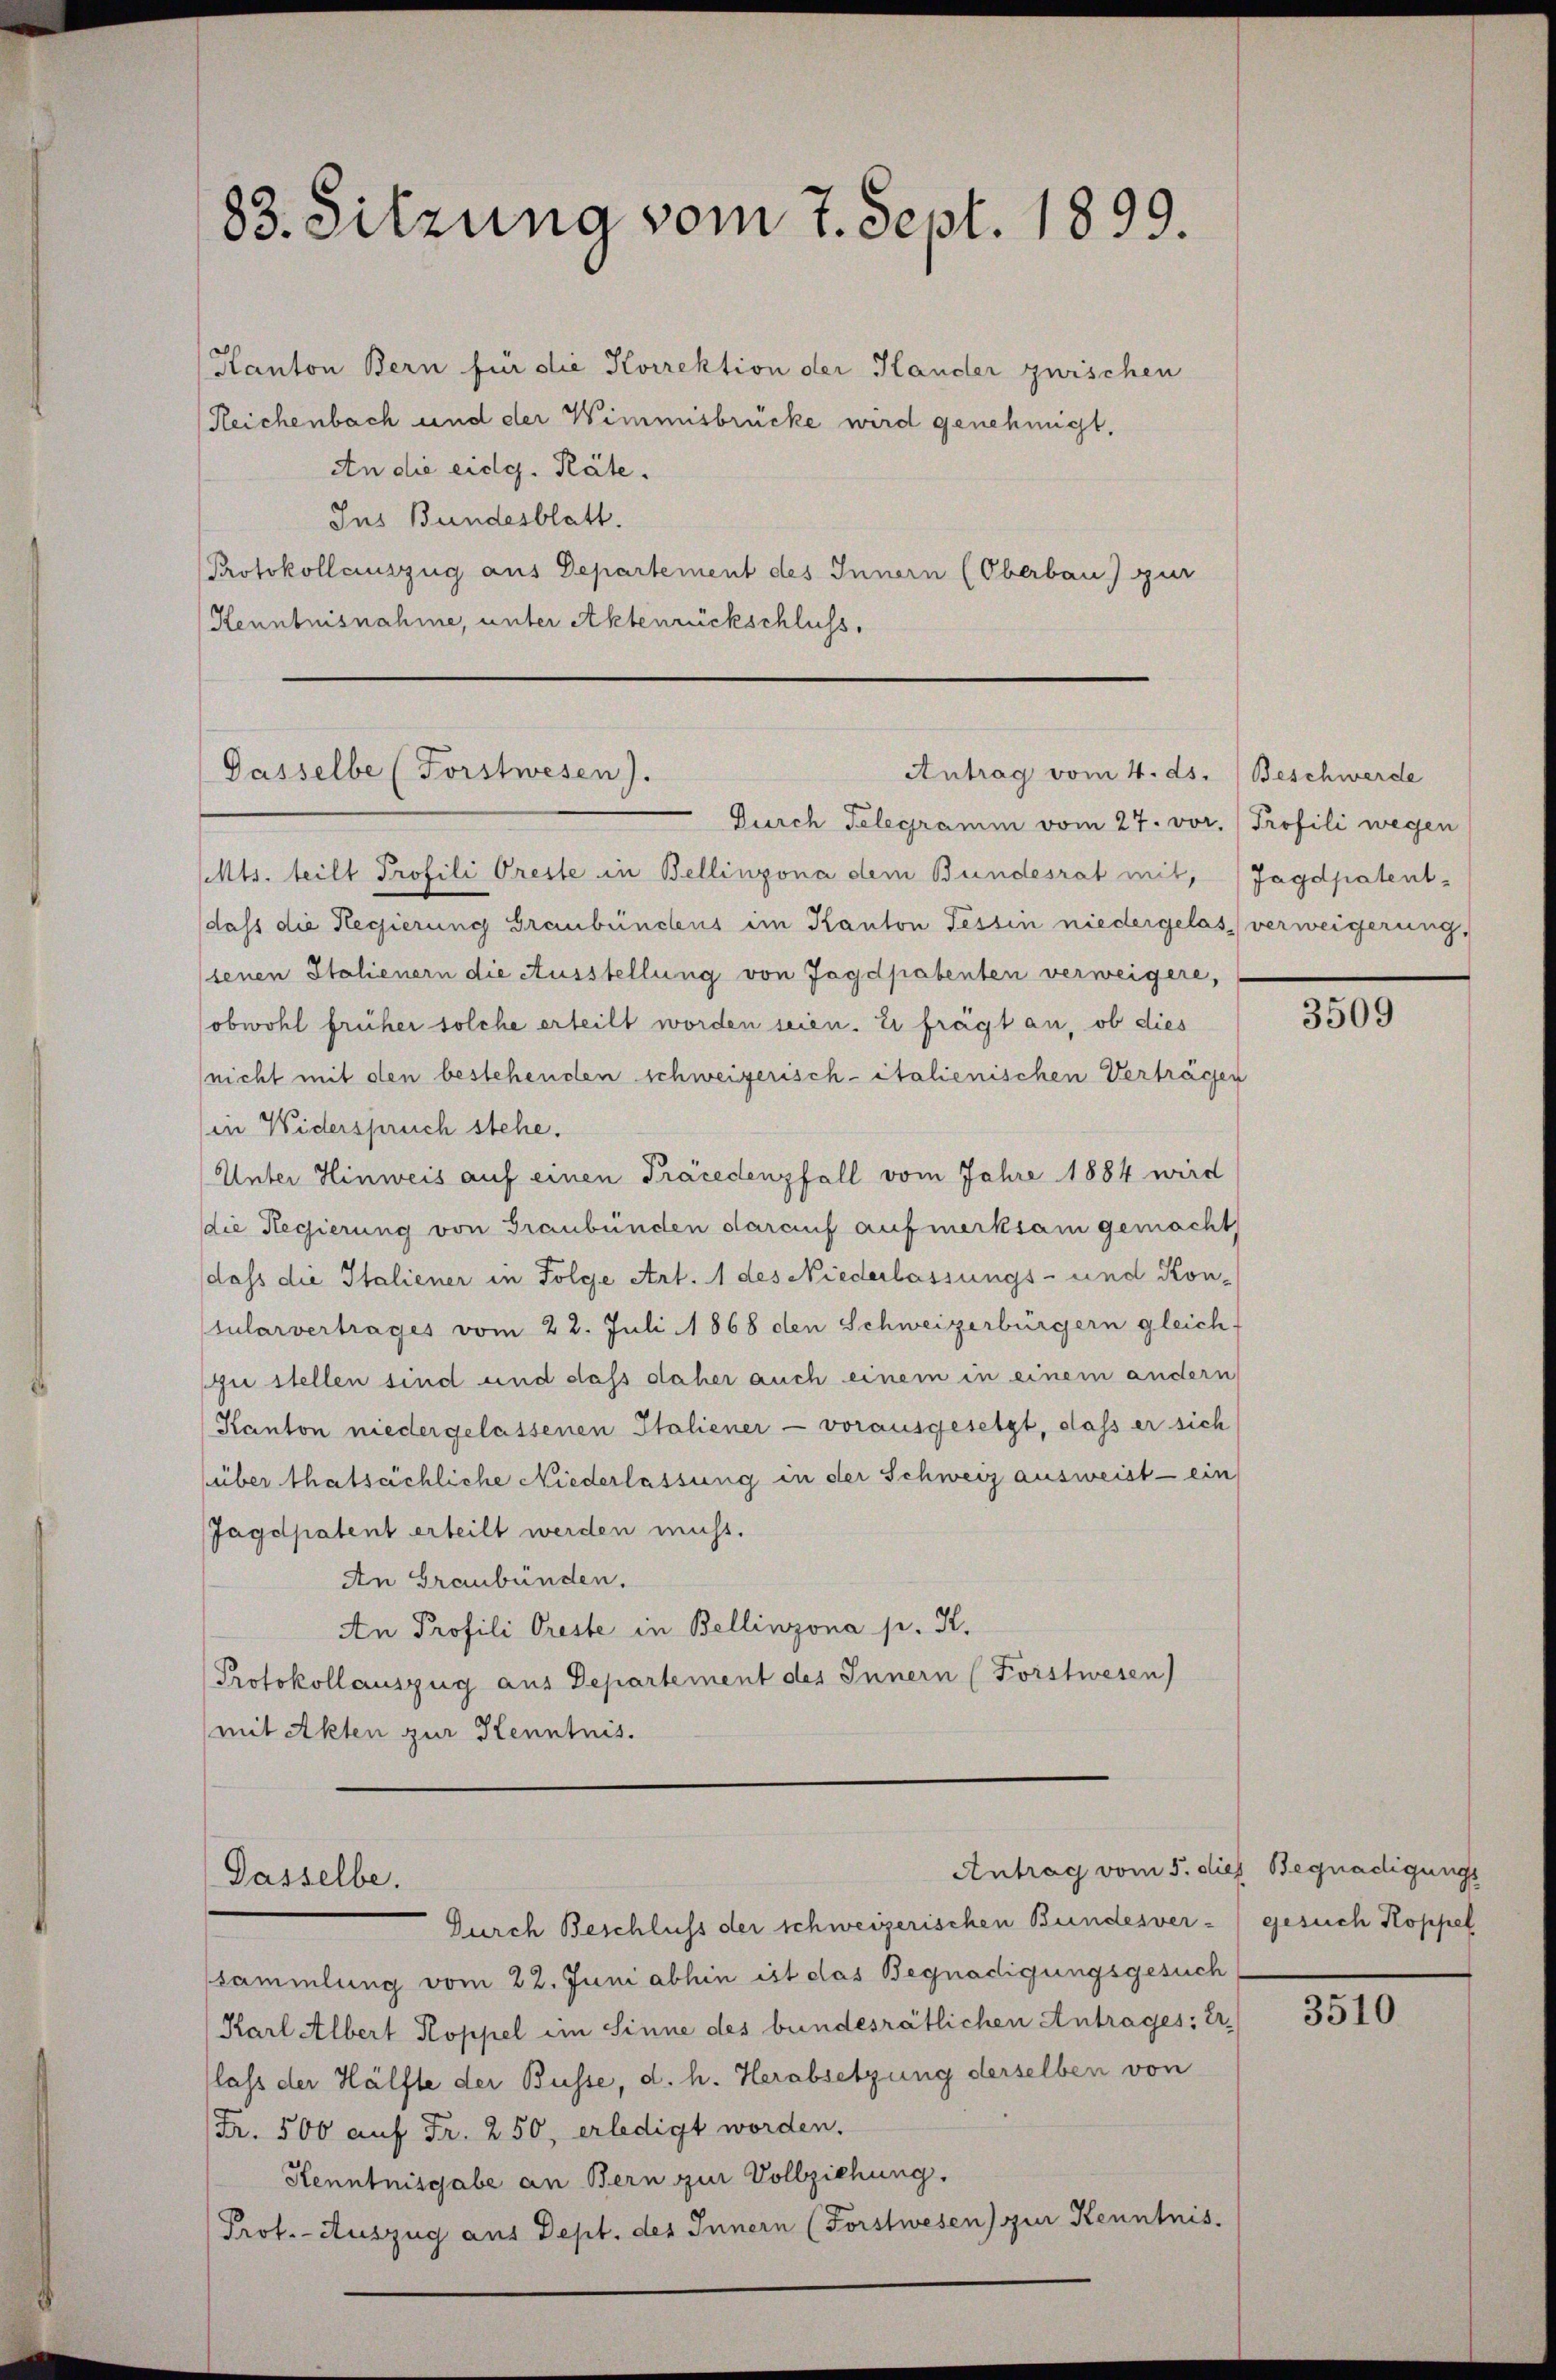
83. Sitzung vom 7. Sept. 1899.

Kanton Bern für die Korrektion der Hander zwischen
Reichenbach und der Wimmisbrücke wird genehmigt.
An die eidg. Räte.
Ins Bundesblatt.
Protokollauszug aus Departement des Innern (Oberbau) zur
Kenntnisnahme, unter Aktenrückschluss,
Durch Telegramm vom 27. vor. Profili wegen
Mts. teilt Profili Oreste in Bellinzona dem Bundesrat mit, Jagdpatent-
dass die Regierung Graubündtens im Kanton Tessin niedergelas verweigerung,
senen Italienern die Ausstellung von Jagdpatenten verweigere,
obwohl früher solche erteilt worden seien. Er frägt an, ob dies
(nicht mit den bestehenden schweizerisch-italienischen Verträgen
in Widerspruch stehe.
Unter Hinweis auf einen Präcedenzfall vom Jahre 1884 wird
die Regierung von Graubünden darauf aufmerksam gemacht
dass die Italiener in Folge Art. 1 des Niederlassungs- und Kon-
tularvertrages vom 22. Juli 1868 den Schweizerbürgern gleichf
zu stellen sind und dass daher auch einem in einem andern
Kanton niedergelassenen Italiener - vorausgesetzt, dass er sich
über thatsächliche Niederlassung in der Schweiz ausweist - ein
Jagdpatent erteilt werden muss.
An Graubünden.
An Profili Oreste in Bellinzona p. K.
Protokollauszug aus Departement des Innern (Forstwesen)
mit Akten zur Henntnis.

Dasselbe (Forstwesen).
Antrag vom 4. ds. Beschwerde

Dasselbe.

Durch Beschluss der schweizerischen Bundesver- gesuch Koppel
ssammlung vom 22. Juni abhin ist das Begnadigungsgesuch
Karl Albert Koppel im Sinne des bundesrätlichen Antrages: Er
lass der Hälfte der Busse, d. h. Herabsetzung derselben von
(Fr. 500 auf Fr. 250, erledigt worden.
Kenntnisgabe an Bern zur Vollziehung.
Prof. - Auszug aus Dept. des Innern (Forstwesen) zur Kenntnis-

3509

Antrag vom 5. dies Begnadigungs

3510